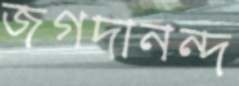
জগদানন্দ